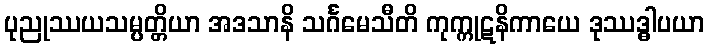
ပုညုဿယသမ္ပတ္တိယာ အဒသာနိ သင်္ဂမေသီတိ ကုက္ကုဋနိကာယေ ဒုဿဒ္ဓါပယာ